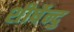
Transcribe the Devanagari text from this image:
शीर्षेन्दु